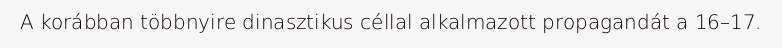
A korábban többnyire dinasztikus céllal alkalmazott propagandát a 16–17.